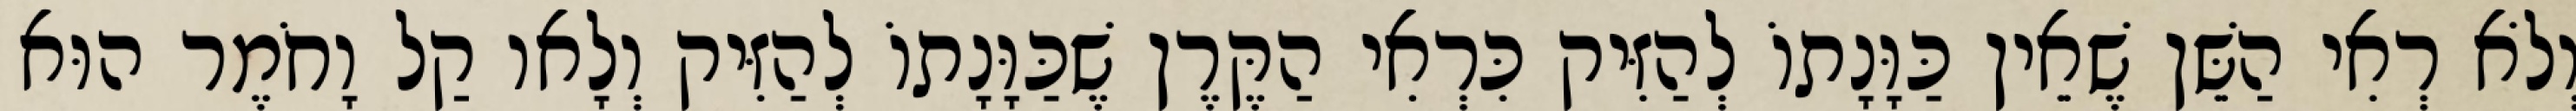
וְלֹא רְאִי הַשֵּׁן שֶׁאֵין כַּוָּנָתוֹ לְהַזִּיק כִּרְאִי הַקֶּרֶן שֶׁכַּוָּנָתוֹ לְהַזִּיק וְלָאו קַל וָחֹמֶר הוּא